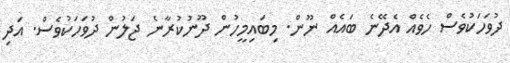
ދުވަހަކުވެސް ހެވެއް އެދޭނެ ބައެއް ނޫން. މިބައިމީހުން ދޫނުކުރާނެ ޖަލުން ދުވަހަކުވެސް. އަދި